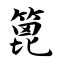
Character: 篦